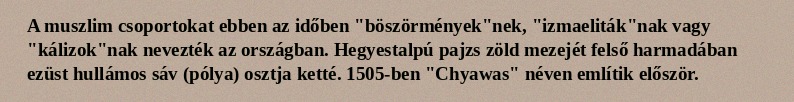
A muszlim csoportokat ebben az időben "böszörmények"nek, "izmaeliták"nak vagy "kálizok"nak nevezték az országban. Hegyestalpú pajzs zöld mezejét felső harmadában ezüst hullámos sáv (pólya) osztja ketté. 1505-ben "Chyawas" néven említik először.